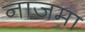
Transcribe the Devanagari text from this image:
नाज़मा